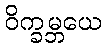
ဝိက္ခမ္ဘယေ